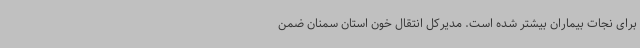
برای نجات بیماران بیشتر شده است. مدیرکل انتقال خون استان سمنان ضمن